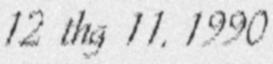
12 thg 11, 1990